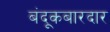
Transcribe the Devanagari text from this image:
बंदूकबारदार